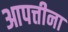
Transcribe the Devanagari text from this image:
आपत्तीना